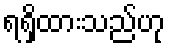
ရရှိထားသည်ဟု